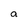
Character: a